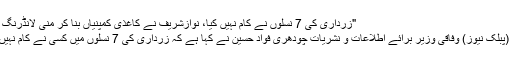
"زرداری کی 7 نسلوں نے کام نہیں کیا، نوازشریف نے کاغذی کمپنیاں بنا کر منی لانڈرنگ کی"
جہلم (پبلک نیوز) وفاقی وزیر برائے اطلاعات و نشریات چودھری فواد حسین نے کہا ہے کہ زرداری کی 7 نسلوں میں کسی نے کام نہیں کیا۔